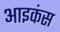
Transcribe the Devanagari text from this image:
आइकंस